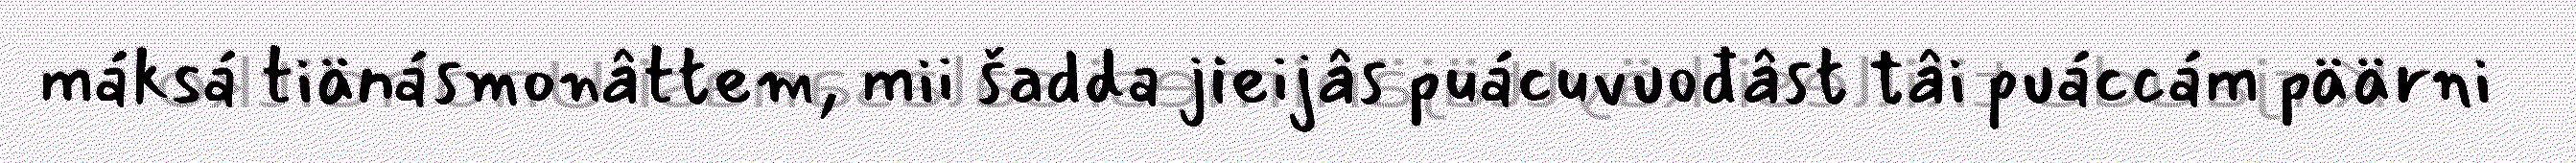
máksá tiänásmonâttem, mii šadda jieijâs puácuvuođâst tâi puáccám päärni